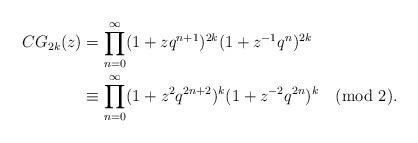
LaTeX: \begin{align*} CG_{2k}(z) &= \prod_{n=0}^\infty(1+zq^{n+1})^{2k}(1+z^{-1}q^n)^{2k}\\ & \equiv \prod_{n=0}^\infty(1+z^2q^{2n+2})^{k}(1+z^{-2}q^{2n})^{k} \pmod{2}.\end{align*}